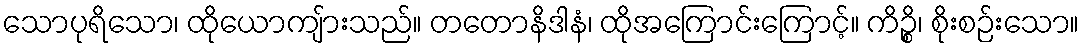
သောပုရိသော၊ ထိုယောကျ်ားသည်။ တတောနိဒါနံ၊ ထိုအကြောင်းကြောင့်။ ကိဉ္စိ၊ စိုးစဉ်းသော။